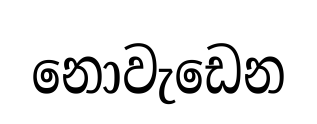
නොවැඩෙන